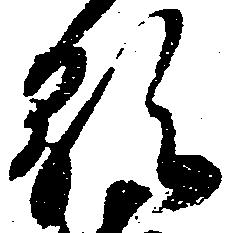
顕